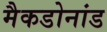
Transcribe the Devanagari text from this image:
मैकडोनांड